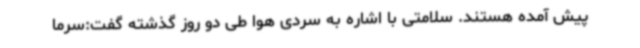
پیش آمده هستند. سلامتی با اشاره به سردی هوا طی دو روز گذشته گفت:سرما